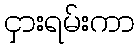
ငှားရမ်းကာ